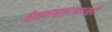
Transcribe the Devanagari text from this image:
वैद्यकशास्त्रातही